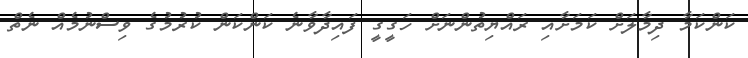
ކަންކަމާ ދިމާލަށް ކަމަށާއި ރައްޔިތުންނަށް ހަގީގީ ފައިދާވާނެ ކަންކަން ކުރުމުގެ ވިސްނުމެއް ނެތް